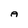
Character: A